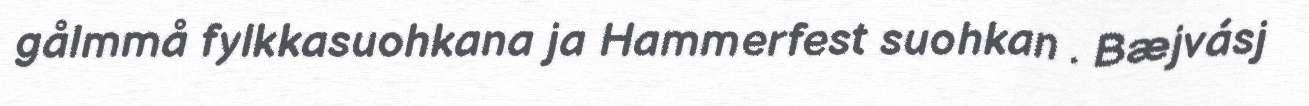
gålmmå fylkkasuohkana ja Hammerfest suohkan . Bæjvásj